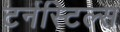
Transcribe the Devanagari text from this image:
टर्नस्टिल्स